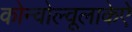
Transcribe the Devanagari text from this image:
कोन्वोल्वूलाकेऐ